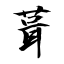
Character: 葺